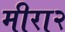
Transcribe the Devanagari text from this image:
मीरा२